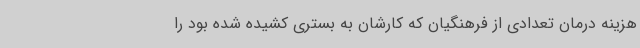
هزینه درمان تعدادی از فرهنگیان که کارشان به بستری کشیده شده بود را